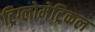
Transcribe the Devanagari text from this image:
ट्रिग्लोमेट्रिकल